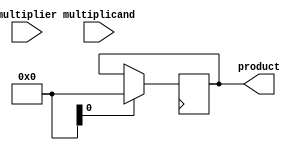
module booth_multiplier(
  input wire [15:0] multiplicand,
  input wire [15:0] multiplier,
  output reg [31:0] product
);

reg [31:0] partial_products [31:0];
reg [15:0] ac;
reg [1:0] count;

always @(posedge clk) begin
  if (reset) begin
    ac <= 0;
    count <= 0;
    product <= 0;
  end else begin
    // Partial product generation
    if (count < 16) begin
      partial_products[count] <= multiplicand * (multiplier[count] ? -1 : 1) << count;
    end else begin
      // Partial product accumulation
      if (count == 16) begin
        ac <= partial_products[count - 1];
      end else begin
        ac <= ac + (multiplier[count] ? -1 : 1) * partial_products[count - 1];
      end
    end

    count <= count + 1;
    
    // Final result calculation
    if (count == 32) begin
      product <= ac;
    end
  end

end

endmodule